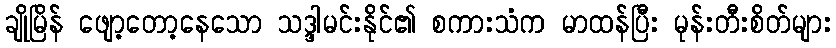
ချိုမြိန် ဖျော့တော့နေသော သဒ္ဒါမင်းနိုင်၏ စကားသံက မာထန်ပြီး မုန်းတီးစိတ်များ